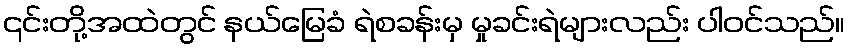
၎င်းတို့အထဲတွင် နယ်မြေခံ ရဲစခန်းမှ မှုခင်းရဲများလည်း ပါဝင်သည်။